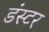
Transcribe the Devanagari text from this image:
डंस्टर